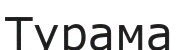
Турама